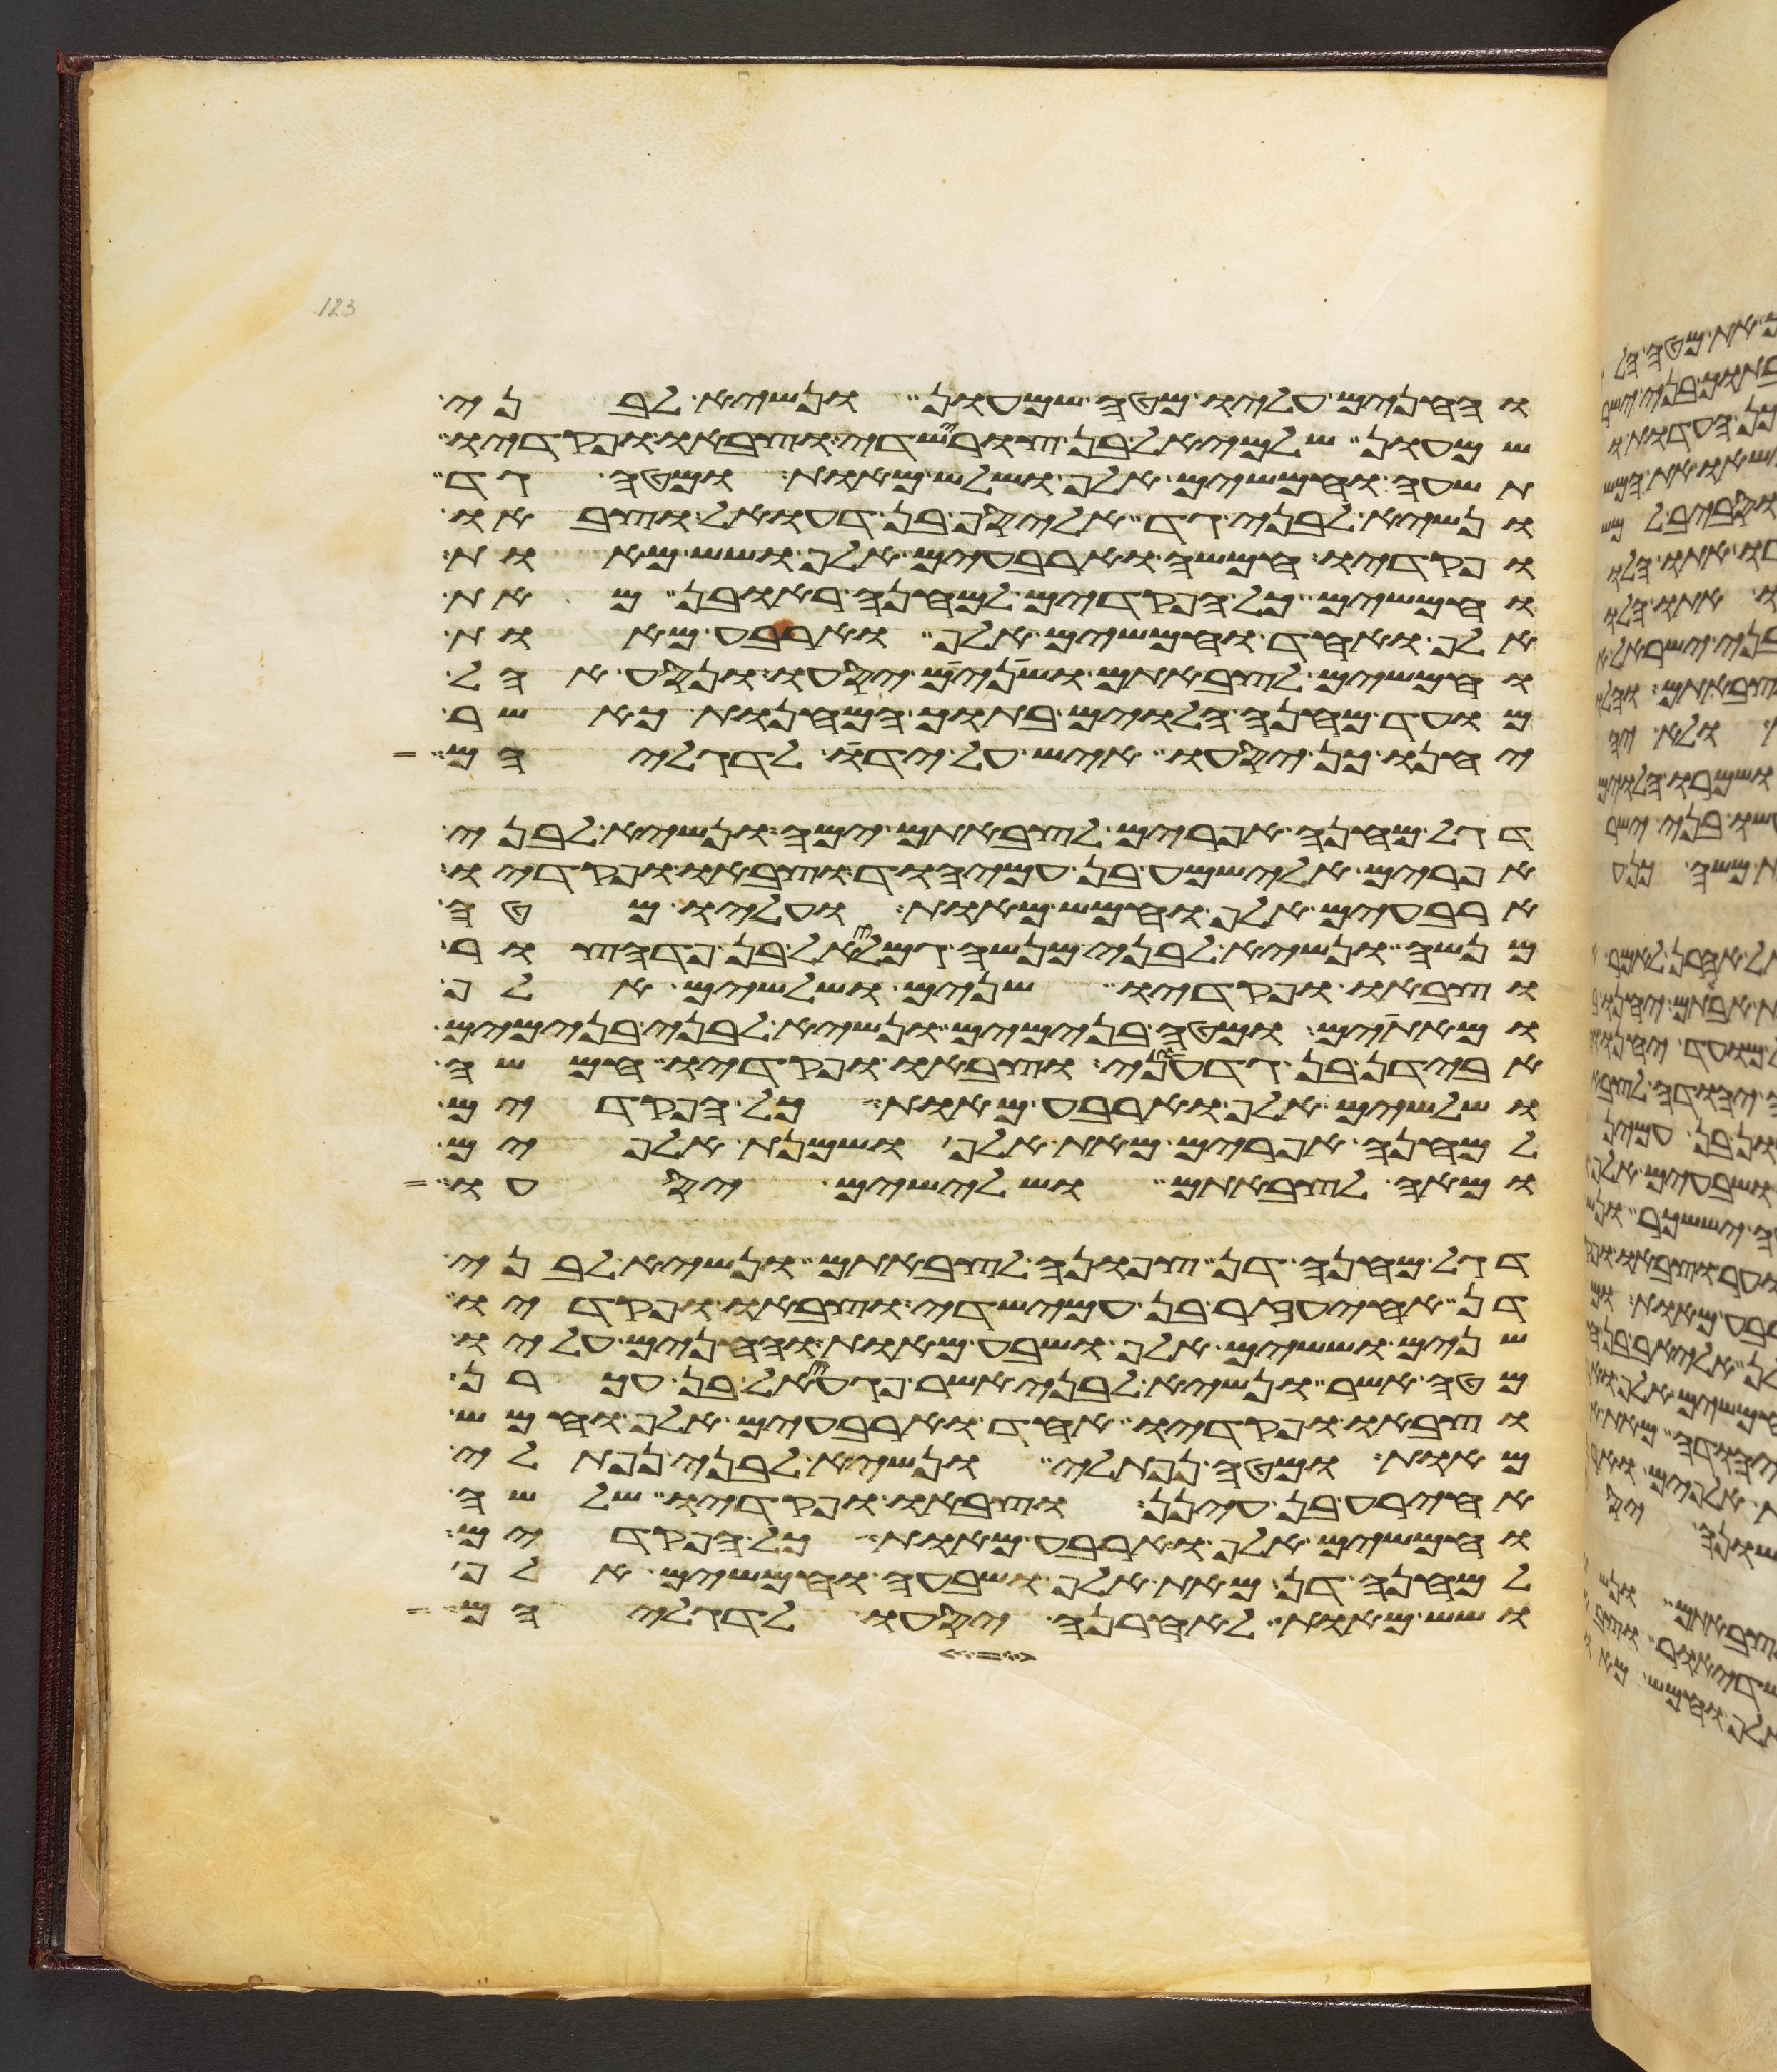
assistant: והחנים עליו מטה שמעון ונשיא לבני
שמעון שלמיאל בן צורישדי וצבאו ופקדיו
תשעה וחמשים אלף ושלש מאות ומטה גד
ונשיא לבני גד אליסף בן דעואל וצבאו
ופקדיו חמשה וארבעים אלף ושש מאות
וחמשים כל הפקדים למחנה ראובן מאת
אלף ואחד וחמשים אלף וארבע מאות
וחמשים לצבאתם ושנים יסעו ונסע אהל
מועד מחנה הלוים בתוך המחנות כאשר
יחנו כן יסעו איש על ידו לדגליהם
דגל מחנה אפרים לצבאתם ימה ונשיא לבני
אפרים אלישמע בן עמיהוד וצבאו ופקדיו
ארבעים אלף וחמש מאות ועליו מטה
מנשה ונשיא לבני מנשה גמליאל בן פדהצור
וצבאו ופקדיו שנים ושלשים אלף
ומאתים ומטה בנימים ונשיא לבני בנימים
אבידן בן גדעוני וצבאו ופקדיו חמשה
ושלשים אלף וארבע מאות כל הפקדים
למחנה אפרים מאת אלף ושמנת אלפים
ומאה לצבאתם ושלישים יסעו
דגל מחנה דן צפונה לצבאתם ונשיא לבני
דן אחיעזר בן עמישדי וצבאו ופקדיו
שנים וששים אלף ושבע מאות והחנים עליו
מטה אשר ונשיא לבני אשר פגעאל בן עכרן
וצבאו ופקדיו אחד וארבעים אלף וחמש
מאות ומטה נפתלי ונשיא לבני נפתלי
אחירע בן עינן וצבאו ופקדיו שלשה
וחמשים אלף וארבע מאות כל הפקדים
למחנה דן מאת אלף ושבעה וחמשים אלף
ושש מאות לאחרנה יסעו לדגליהם